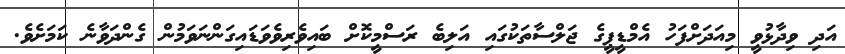
އަދި ވިދާޅުވީ މިއަދަށްފަހު އެމްޑީޕީގެ ޖަލްސާތަކުގައި އަލިބެ ރަސްމީކޮށް ބައިވެރިވެވަޑައިގަންނަވަމުން ގެންދަވާނެ ކަމަށެވެ.